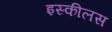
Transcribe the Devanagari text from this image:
इस्कीलस